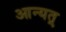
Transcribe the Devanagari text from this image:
आन्यत्र्